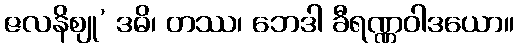
ဇလနိဈု’ ဒဓိ၊ တဿ၊ ဘေဒါ ခီရဏ္ဏဝါဒယော။